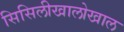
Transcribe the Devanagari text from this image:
सिसिलीखालोखाल